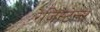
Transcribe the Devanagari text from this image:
रेज़िस्टेन्स